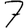
Digit: 7